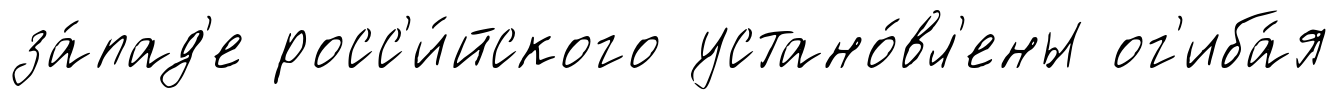
за́пад'е росс'и́йского устано́вл'ены ог'иба́я